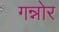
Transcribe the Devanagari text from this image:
गन्नोर